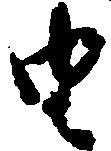
由